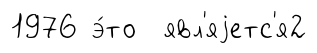
1976 э́то явл'яjетс'я2